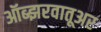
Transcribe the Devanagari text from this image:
ऑब्झरवातूअर